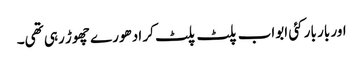
اور بار بار کئی ابواب پلٹ پلٹ کر ادھورے چھوڑ رہی تھی۔